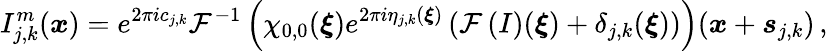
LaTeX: I_{j,k}^{m}(\boldsymbol{x})=e^{2\pi ic_{j,k}}\mathcal{F}^{-1}\left(\chi_{0,0}(\boldsymbol{\xi})e^{2\pi i\eta_{j,k}(\boldsymbol{\xi})}\left(\mathcal{F}\left(I\right)(\boldsymbol{\xi})+\delta_{j,k}(\boldsymbol{\xi})\right)\right)(\boldsymbol{x}+\boldsymbol{s}_{j,k})\, ,